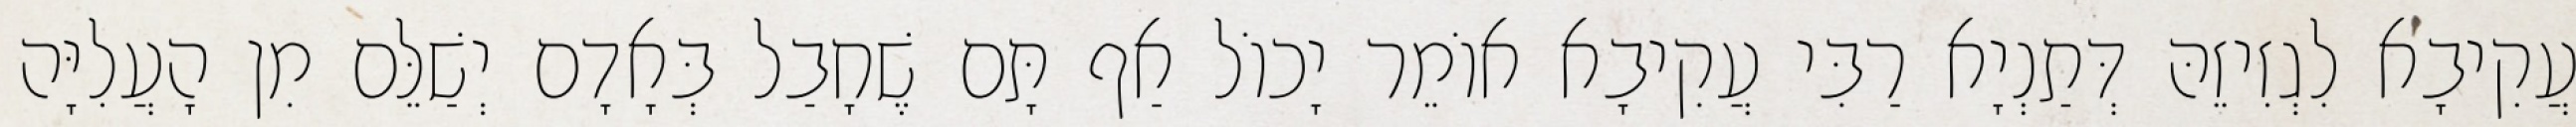
עֲקִיבָא לִגְזִיזֵהּ דְּתַנְיָא רַבִּי עֲקִיבָא אוֹמֵר יָכוֹל אַף תָּם שֶׁחָבַל בְּאָדָם יְשַׁלֵּם מִן הָעֲלִיָּה